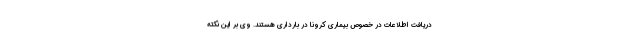
دریافت اطلاعات در خصوص بیماری کرونا در بارداری هستند. وی بر این نکته